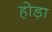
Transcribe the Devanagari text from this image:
होड़ा